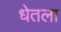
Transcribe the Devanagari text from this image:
धेतला